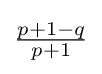
{\tfrac {p+1-q}{p+1}}